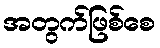
အတွက်ဖြစ်စေ